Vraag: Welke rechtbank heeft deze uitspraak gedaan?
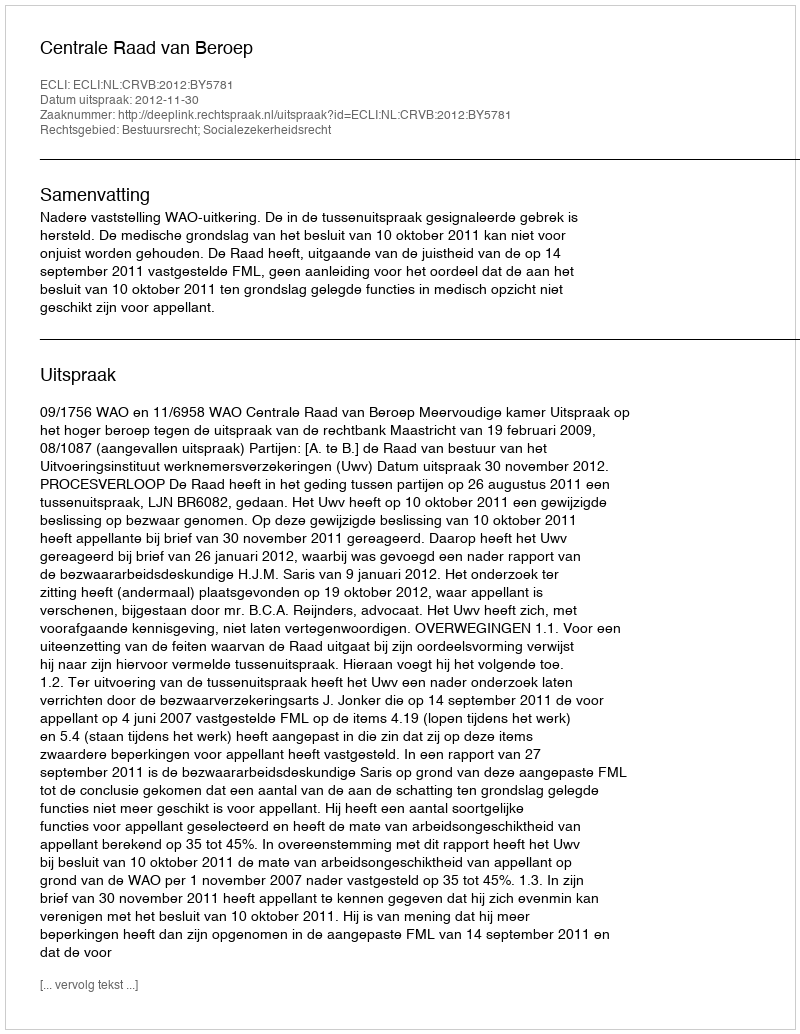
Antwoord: Centrale Raad van Beroep